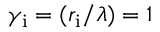
\gamma _ { \mathrm { { i } } } = ( r _ { \mathrm { { i } } } / \lambda ) = 1